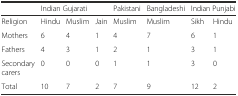
<table><thead><tr><td></td><td colspan="3"><b>Indian Gujarati</b></td><td><b>Pakistani</b></td><td><b>Bangladeshi</b></td><td colspan="2"><b>Indian Punjabi</b></td></tr></thead><tbody><tr><td>Religion</td><td>Hindu</td><td>Muslim</td><td>Jain</td><td>Muslim</td><td>Muslim</td><td>Sikh</td><td>Hindu</td></tr><tr><td>Mothers</td><td>6</td><td>4</td><td>1</td><td>4</td><td>7</td><td>6</td><td>1</td></tr><tr><td>Fathers</td><td>4</td><td>3</td><td>1</td><td>2</td><td>1</td><td>3</td><td>1</td></tr><tr><td>Secondary carers</td><td>0</td><td>0</td><td>0</td><td>1</td><td>1</td><td>3</td><td>0</td></tr><tr><td>Total</td><td>10</td><td>7</td><td>2</td><td>7</td><td>9</td><td>12</td><td>2</td></tr></tbody></table>